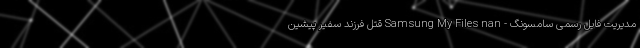
مدیریت فایل رسمی سامسونگ - Samsung My Files nan قتل فرزند سفیر پیشین